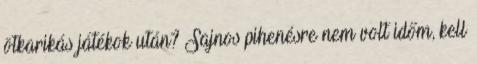
ötkarikás játékok után? Sajnos pihenésre nem volt időm, kell